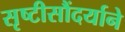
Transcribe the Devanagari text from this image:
सृष्टीसौंदर्याने